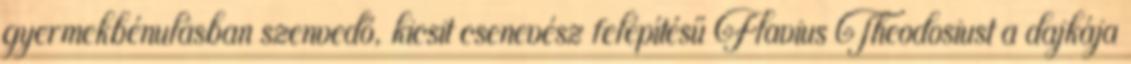
gyermekbénulásban szenvedő, kicsit csenevész felépítésű Flavius Theodosiust a dajkája